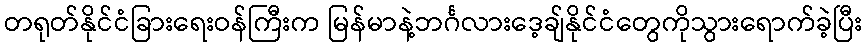
တရုတ်နိုင်ငံခြားရေးဝန်ကြီးက မြန်မာနဲ့ဘင်္ဂလားဒေ့ချ်နိုင်ငံတွေကိုသွားရောက်ခဲ့ပြီး